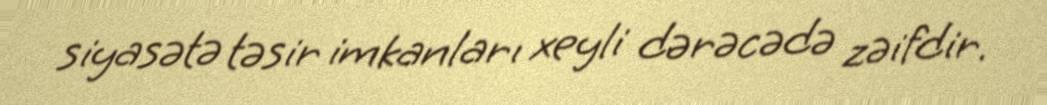
siyasətə təsir imkanları xeyli dərəcədə zəifdir.